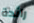
رائدة